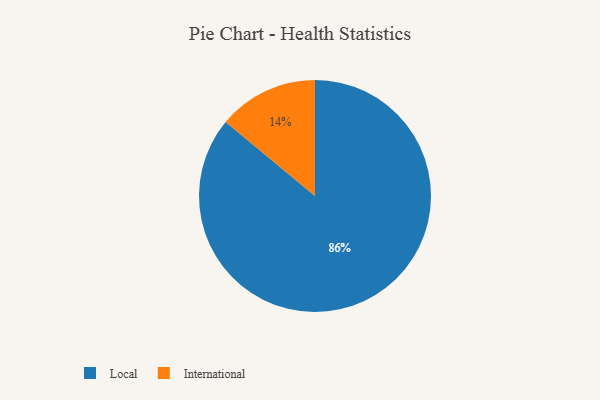
{"axis": {"x": "Category", "y": "Percentage"}, "legend": ["International", "Local"], "data": [{"x": "Local", "y": 86, "type": "Local"}, {"x": "International", "y": 14, "type": "International"}]}